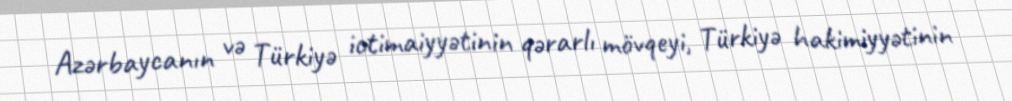
Azərbaycanın və Türkiyə ictimaiyyətinin qərarlı mövqeyi, Türkiyə hakimiyyətinin